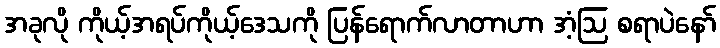
အခုလို ကိုယ့်အရပ်ကိုယ့်ဒေသကို ပြန်ရောက်လာတာဟာ အံ့ဩ စရာပဲနော်